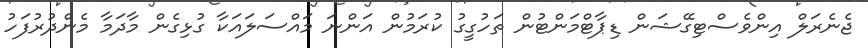
ޖެނެރަލް އިންވެސްޓިގޭޝަން ޑިޕާޓްމަންޓުން ތަހުގީގު ކުރަމުން އަންނަ މައްސަލައަކާ ގުޅިގެން މާދަމާ މެންދުރުފަހު